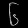
Digit: ၆